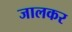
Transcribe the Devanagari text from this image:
जालकर